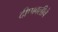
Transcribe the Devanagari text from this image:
दीपावलीचे